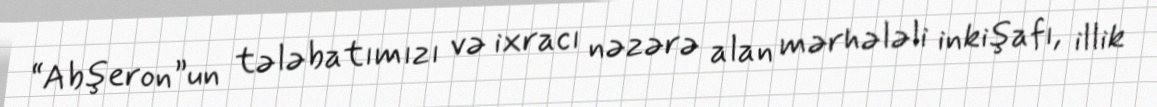
“Abşeron”un tələbatımızı və ixracı nəzərə alan mərhələli inkişafı, illik